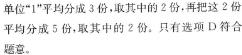
单位“1”平均分成3份，取其中的2份，再把这2份平均分成5份，取其中的2份。只有选项D符合题意。